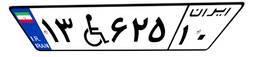
۱۳W۶۲۵۱۰